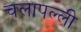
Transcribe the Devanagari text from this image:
चलापल्ली